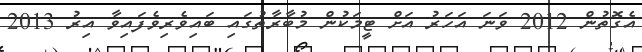
އެގޮތުން 2012 ވަނަ އަހަރު އަށް ޓީމަކުން މުބާރާތުގައި ބައިވެރިވެފައިވާ އިރު 2013